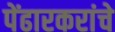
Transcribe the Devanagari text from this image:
पेंढारकरांचे